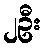
၂ဦး